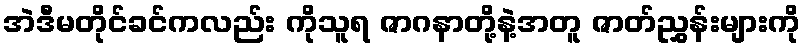
အဲဒီမတိုင်ခင်ကလည်း ကိုသူရ ဇာဂနာတို့နဲ့အတူ ဇာတ်ညွှန်းများကို